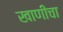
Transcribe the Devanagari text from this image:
खाणीचा